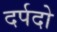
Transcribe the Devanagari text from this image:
दर्पदो